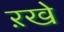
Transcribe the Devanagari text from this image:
ऱखे